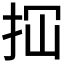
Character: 𢫏